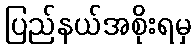
ပြည်နယ်အစိုးရမှ